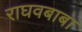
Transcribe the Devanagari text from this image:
राघवबाबा